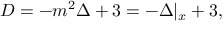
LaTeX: D = - m ^ { 2 } \Delta + 3 = - \Delta | _ { x } + 3 ,